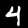
Digit: 4